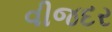
વીજદર